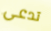
تدعى